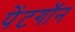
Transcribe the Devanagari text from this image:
पेंटगॉन